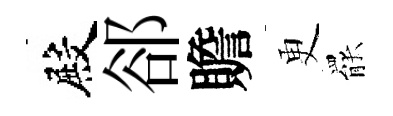
殿郤贍更罷